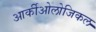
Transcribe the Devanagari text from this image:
आर्कीओलोजिकल